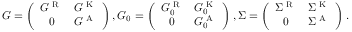
\begin{array} { r } { G = \left( \begin{array} { c c } { G ^ { \textrm { R } } } & { G ^ { \textrm { K } } } \\ { 0 } & { G ^ { \textrm { A } } } \end{array} \right) , G _ { 0 } = \left( \begin{array} { c c } { G _ { 0 } ^ { \textrm { R } } } & { G _ { 0 } ^ { \textrm { K } } } \\ { 0 } & { G _ { 0 } ^ { \textrm { A } } } \end{array} \right) , \Sigma = \left( \begin{array} { c c } { \Sigma ^ { \textrm { R } } } & { \Sigma ^ { \textrm { K } } } \\ { 0 } & { \Sigma ^ { \textrm { A } } } \end{array} \right) . } \end{array}